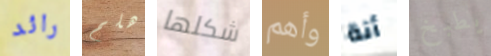
رائد هلم شكلها وأهم أنة يطبخ